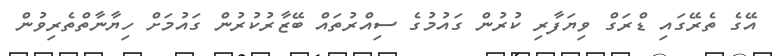
އޭގެ ތެރޭގައި ޑްރަގް ވިޔަފާރި ކުރުން ގައުމުގެ ސިއްރުތައް ބޭޒާރުކުރުން ގައުމަށް ހިޔާނާތްތެރިވުން